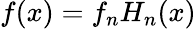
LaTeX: f(x)=f_{n}H_{n}(x)